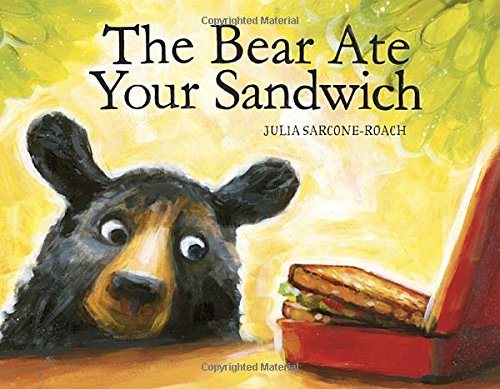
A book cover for The Bear Ate Your Sandwich; Julia Sarcone-Roach; Children's Books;